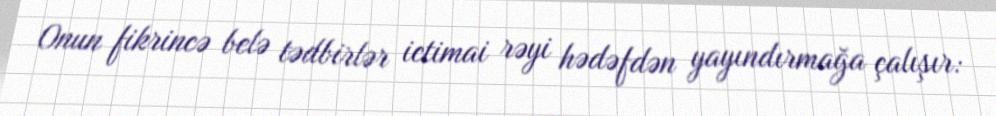
Onun fikrincə belə tədbirlər ictimai rəyi hədəfdən yayındırmağa çalışır: